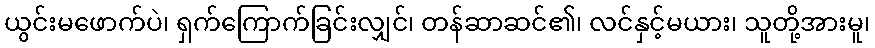
ယွင်းမဖောက်ပဲ၊ ရှက်ကြောက်ခြင်းလျှင်၊ တန်ဆာဆင်၏၊ လင်နှင့်မယား၊ သူတို့အားမူ၊